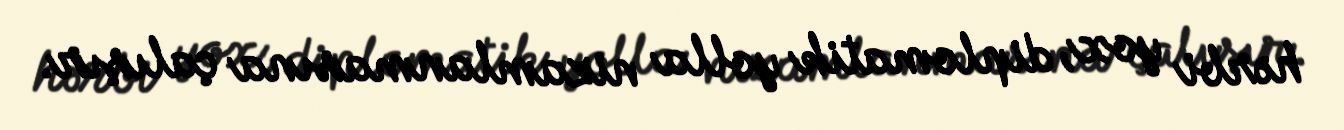
hərbi yox, diplomatik yolla nizamlanmasına çalışır.